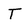
Character: T